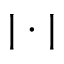
| \cdot |